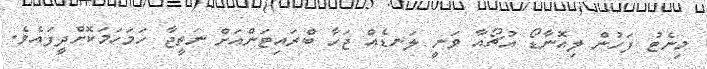
މިނެޓު ފަހުން ލިއޮނާޑޯ އުޗޯއާ ވަނީ ލަނޑެއް ޖަހާ ބްރައިޓަންއަށް ނަތީޖާ ހަމަހަމަކޮށްދީފައެވެ.